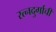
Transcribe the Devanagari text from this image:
रत्‍नदुर्गाची